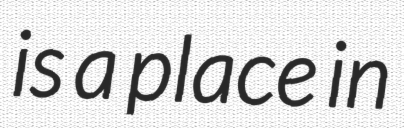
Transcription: is a place in